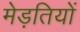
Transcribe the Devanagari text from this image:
मेड़तियों